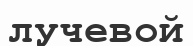
лучевой